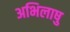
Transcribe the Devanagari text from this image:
अभिलाषु